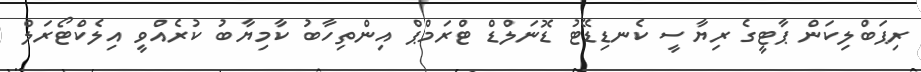
ރިޕަބްލިކަން ޕާޓީގެ ރިޔާސީ ކެނޑިޑޭޓު ޑޮނަލްޑް ޓްރަމްޕް އިންތިހާބު ކާމިޔާބު ކުރެއްވީ އިލެކްޓޯރަލް